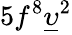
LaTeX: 5f^{8}\underline{{\upsilon}}^{2}